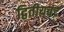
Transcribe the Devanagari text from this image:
द्वितीयचंद्र